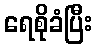
ရေစိုခံပြီး